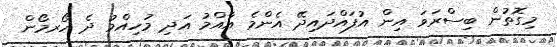
މިގޮތުން ބިސްރަވަ އިން އުފައްދައިދޭ އެންމެ އާއްމު އަދި މުހިއްމު ދެ ހޯރމޯން